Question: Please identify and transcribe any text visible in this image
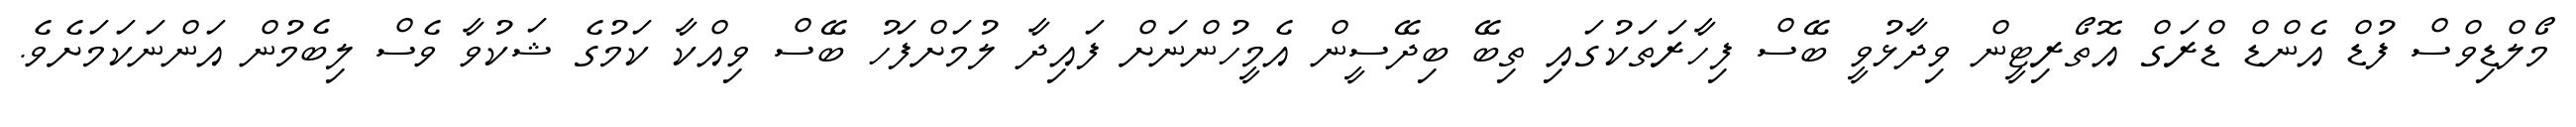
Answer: މޯލްޑިވްސް ފުޑް އެންޑް ޑްރަގް އޮތޯރިޓީން ވިދާޅުވީ ބޭސް ފިހާރަތަކުގައި ތިބޭ ބިދޭސީން އެމީހުންނަށް ފައިދާ ލުމަށްފަހު ބޭސް ވިއްކާ ކަމުގެ ޝަކުވާ ވެސް ލިބެމުން އަންނަކަމަށެވެ.